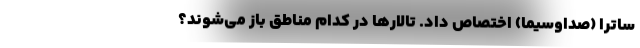
ساترا (صداوسیما) اختصاص داد. تالار‌ها در کدام مناطق باز می‌شوند؟